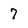
Character: 7